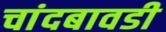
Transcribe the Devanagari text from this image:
चांदबावडी